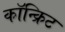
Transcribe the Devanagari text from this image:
कॉन्‍क्रिट